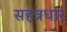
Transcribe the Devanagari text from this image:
सहत्रधार